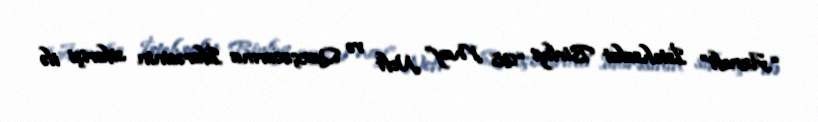
“Azneft” İstehsalat Birliyi “28 May” Neft və Qazçıxarma İdarəsinin sifarişi ilə